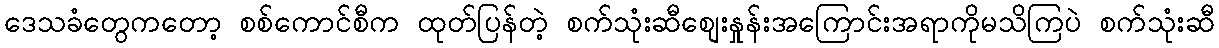
ဒေသခံတွေကတော့ စစ်ကောင်စီက ထုတ်ပြန်တဲ့ စက်သုံးဆီစျေးနှုန်းအကြောင်းအရာကိုမသိကြပဲ စက်သုံးဆီ